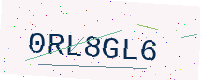
Text: 0RL8GL6